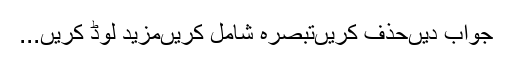
جواب دیںحذف کریںتبصرہ شامل کریںمزید لوڈ کریں...